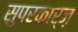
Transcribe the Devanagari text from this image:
सुपरकार्ज़